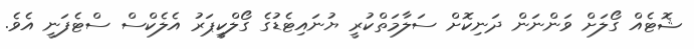
ޝޮޓެއް ގޯލަށް ވަންނަން ދަނިކޮށް ސަލާމަތްކުރީ ޔުނައިޓެޑުގެ ގޯލްކީޕަރު އެލެކްސް ސްޓެފަނީ އެވެ.